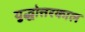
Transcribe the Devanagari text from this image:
युद्धोत्तरकाल